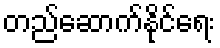
တည်ဆောက်နိုင်ရေး